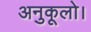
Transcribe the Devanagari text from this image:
अनुकूलो।